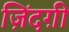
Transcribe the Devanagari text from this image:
ज़िंदग़ी